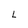
Character: L